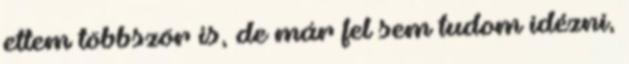
ettem többször is, de már fel sem tudom idézni,